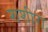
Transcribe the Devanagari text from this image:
शशीरा